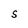
Character: S